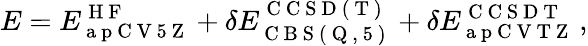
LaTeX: E=E_{\mathrm{~a~p~C~V~5~Z~}}^{\mathrm{~H~F~}}+\delta E_{\mathrm{~C~B~S~(~Q~,~5~)~}}^{\mathrm{~C~C~S~D~(~T~)~}}+\delta E_{\mathrm{~a~p~C~V~T~Z~}}^{\mathrm{~C~C~S~D~T~}}\, ,